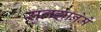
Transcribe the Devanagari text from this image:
सुलझानेमें